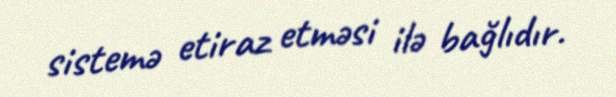
sistemə etiraz etməsi ilə bağlıdır.